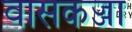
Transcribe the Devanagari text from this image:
वासकज्जा